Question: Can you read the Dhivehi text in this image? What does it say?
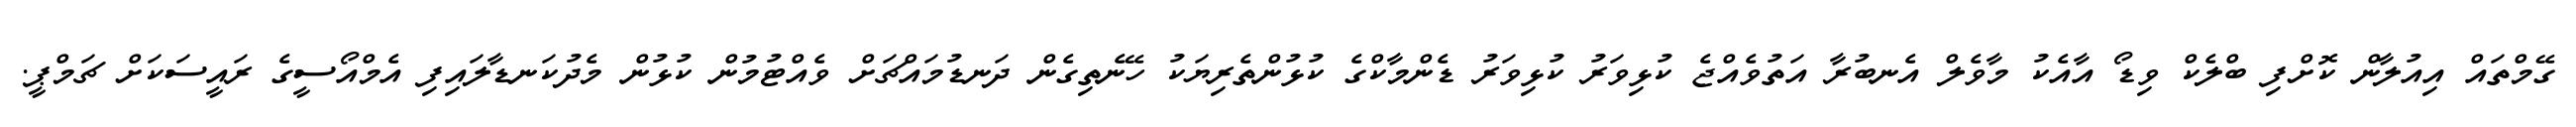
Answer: ގޭމްތައް އިއުލާން ކޮށްފި ބްލެކް ވިޑޯ އާއެކު މާވެލް އެނބުރާ އަތުވެއްޖެ ކުޅިވަރު ކުޅިވަރު ޑެންމާކްގެ ކުޅުންތެރިޔަކު ހޭނެތިގެން ދަނޑުމައްޗަށް ވެއްޓުމުން ކުޅުން މެދުކަނޑާލައިފި އެމްއޯސީގެ ރައީސަކަށް ޗަމްޕީ.